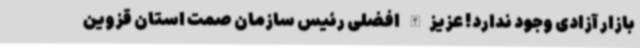
بازار آزادی وجود ندارد! عزیزالله افضلی رئیس سازمان صمت استان قزوین